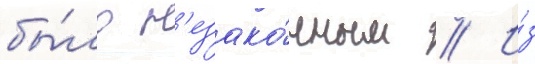
бы́ло н'езако́нным // И́з